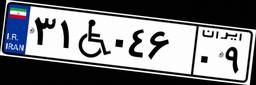
۳۸W۱۳۹۸۹